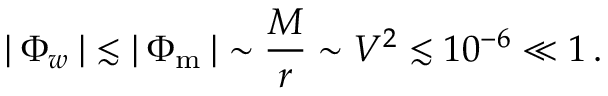
\mid \! \Phi _ { w } \! \mid \, \lesssim \, \mid \! \Phi _ { \mathrm { m } } \! \mid \, \sim \frac { M } { r } \sim V ^ { 2 } \lesssim 1 0 ^ { - 6 } \ll 1 \, .